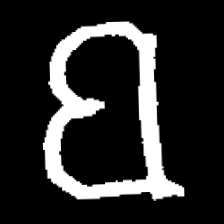
Pyu character \u2014 Myanmar letter: ဗ (romanized: ba)